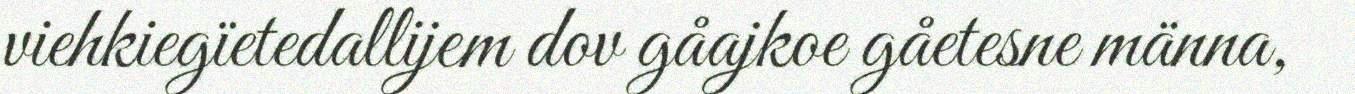
viehkiegïetedallijem dov gåajkoe gåetesne männa,